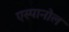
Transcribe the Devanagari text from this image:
एस्‍पानोल